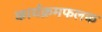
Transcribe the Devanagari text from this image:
कार्यक्रमफलक